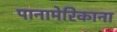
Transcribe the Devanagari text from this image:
पानामेरिकाना